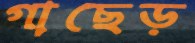
গাছেড়